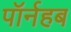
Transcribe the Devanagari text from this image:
पॉर्नहब